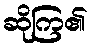
ဆိုကြ၏